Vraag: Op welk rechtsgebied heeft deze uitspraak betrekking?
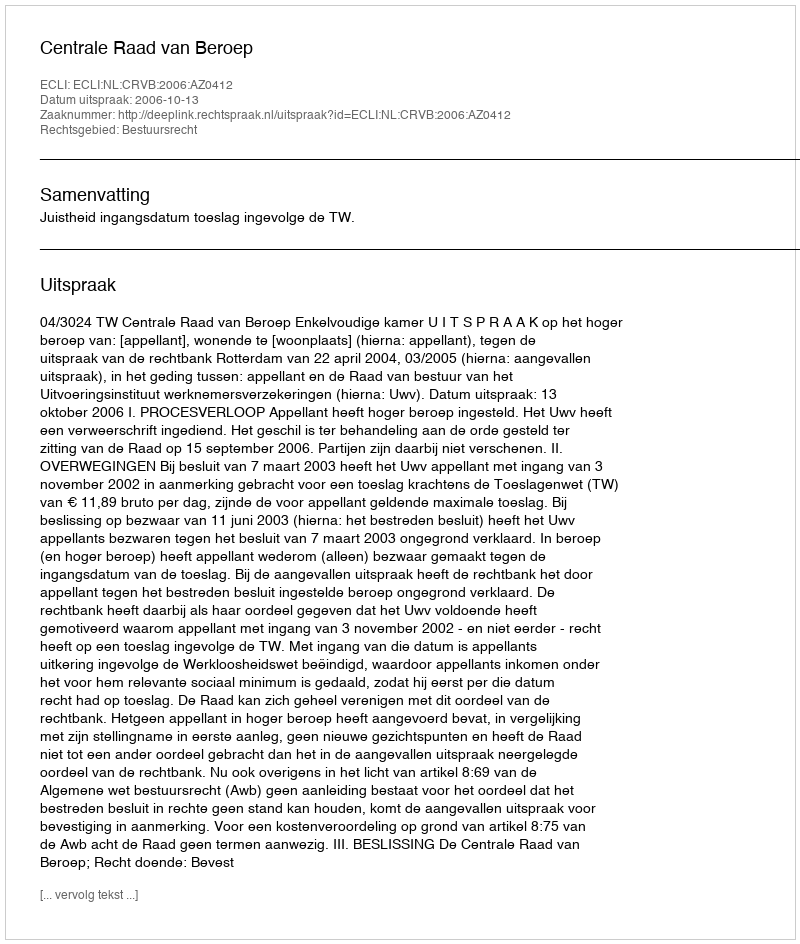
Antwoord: Bestuursrecht